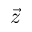
\vec { z }